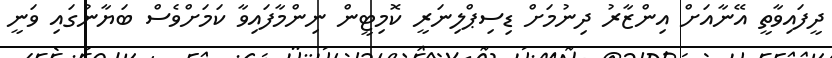
ދީފައިވާތީ އޭނާއަށް އިންޒާރު ދިނުމަށް ޑިސިޕްލިނަރީ ކޮމިޓީން ނިންމާފައިވާ ކަމަށްވެސް ބަޔާނުގައި ވަނީ